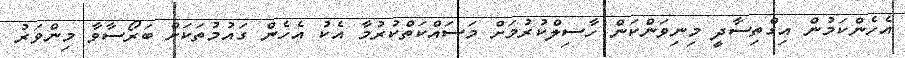
އެހެންކަމުން އިގްތިސާދީ މިނިވަންކަން ހާސިލްކުރުމަށް މަސައްކަތްކުރުމާ އެކު އެހެން ގައުމުތަކަށް ބަރޯސާވާ މިންވަރު